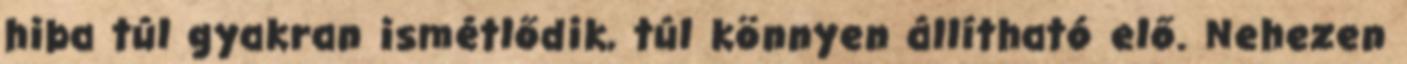
hiba túl gyakran ismétlődik, túl könnyen állítható elő. Nehezen